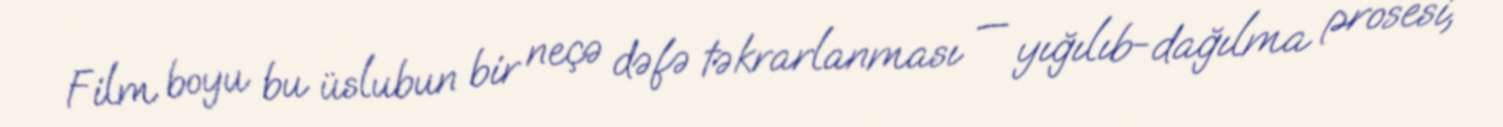
Film boyu bu üslubun bir neçə dəfə təkrarlanması — yığılıb-dağılma prosesi,